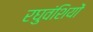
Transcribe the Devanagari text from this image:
रघुवंशियों